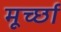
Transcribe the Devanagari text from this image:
मूर्च्‍छा